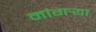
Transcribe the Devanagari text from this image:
नांगर्‍या